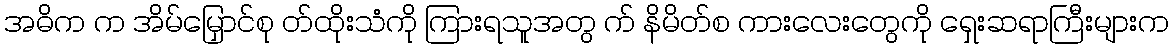
အဓိက က အိမ်မြှောင်စု တ်ထိုးသံကို ကြားရသူအတွ က် နိမိတ်စ ကားလေးတွေကို ရှေးဆရာကြီးများက